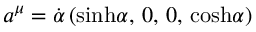
a ^ { \mu } = { \dot { \alpha } } \, ( { \sinh } \alpha , \, 0 , \, 0 , \, { \cosh } \alpha )